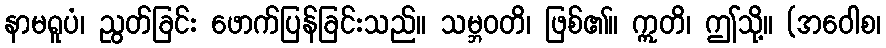
နာမရူပံ၊ ညွတ်ခြင်း ဖောက်ပြန်ခြင်းသည်။ သမ္ဘဝတိ၊ ဖြစ်၏။ ဣတိ၊ ဤသို့။ (အဝေါစ၊